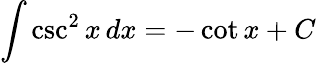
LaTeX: \int\csc^{2}x\, dx=-\cot x+C